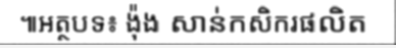
៕អត្ថបទ៖ ង៉ុង សាន់កសិករផលិត